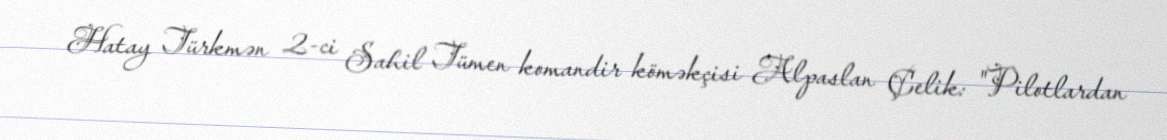
Hatay Türkmən 2-ci Sahil Tümen komandir köməkçisi Alpaslan Çelik: "Pilotlardan